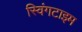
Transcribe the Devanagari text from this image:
स्विंगटाइम